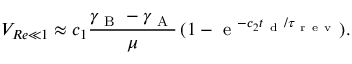
V _ { R e \ll 1 } \approx c _ { 1 } \frac { \gamma _ { \mathrm { ~ B ~ } } - \gamma _ { \mathrm { ~ A ~ } } } { \mu } \, ( 1 - \mathrm { ~ e ~ } ^ { - c _ { 2 } t _ { \mathrm { ~ d ~ } } / \tau _ { \mathrm { ~ r ~ e ~ v ~ } } } ) .